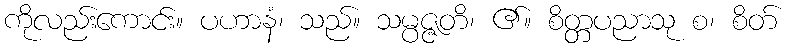
ကိုလည်းကောင်း။ ပဟာနံ၊ သည်။ သမ္ပဇ္ဇတိ၊ ၏။ စိတ္တပညာသု စ၊ စိတ်